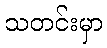
သတင်းမှာ